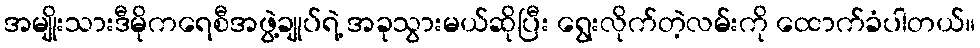
အမျိုးသားဒီမိုကရေစီအဖွဲ့ချုပ်ရဲ့ အခုသွားမယ်ဆိုပြီး ရွေးလိုက်တဲ့လမ်းကို ထောက်ခံပါတယ်။